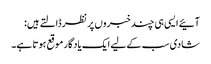
آئیے ایسی ہی چند خبروں پر نظر ڈالتے ہیں:
شادی سب کے لیے ایک یادگار موقع ہوتا ہے۔